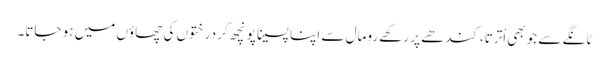
ٹانگے سے جوبھی اْترتا،کندھے پر رکھے رومال سے اپنا پسینا پونچھ کر درختوں کی چھاؤں میں ہو جاتا۔